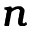
\pmb { n }